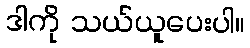
ဒါကို သယ်ယူပေးပါ။